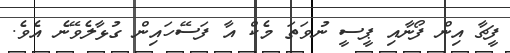
ފީޗާ އިން ފޯނާއި ޕީސީ ނުވަތަ މެކް އާ ފަސޭހައިން ގުޅާލެވޭނެ އެވެ.